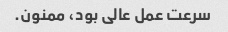
سرعت عمل عالی بود، ممنون.